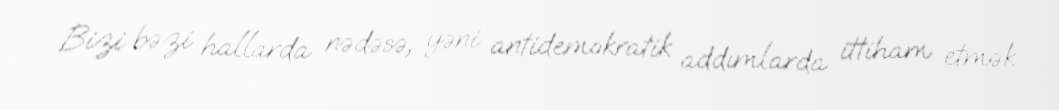
Bizi bəzi hallarda nədəsə, yəni antidemokratik addımlarda ittiham etmək